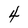
Character: 4